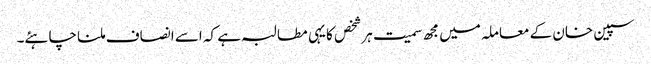
سپین خان کے معاملہ میں مجھ سمیت ہرشخص کا یہی مطالبہ ہے کہ اسے انصاف ملنا چاہئے۔